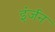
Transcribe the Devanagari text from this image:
इंर्जन